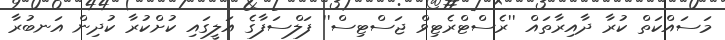
މަސައްކަތް ކުރާ ދާއިރާތައް ''ރެސްޓްރެޓިވް ޖަސްޓިސް'' ފަލްސަފާގެ އަލީގައި ކުށްކުރާ ކުދިން އަނބުރާ